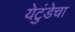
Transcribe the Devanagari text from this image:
येटुंडेचा